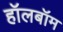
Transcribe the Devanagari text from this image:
हॉलबॉम